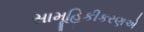
સામૂહિકીકરણએ